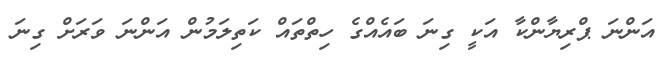
އަންނަ ޕްރިޔާންކާ އަކީ ގިނަ ބައެއްގެ ހިތްތައް ކަތިލަމުން އަންނަ ވަރަށް ގިނަ